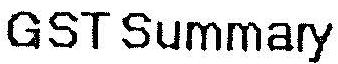
GST SUMMARY